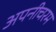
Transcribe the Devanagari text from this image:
अपनीचरम